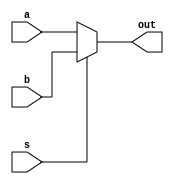
module MUX8(input s, input [15:0] a, input [15:0] b, output reg[15:0] out);
	always @(*) begin
		if(s==0)
			out = a;
		else
			out = b;
	end
endmodule